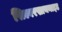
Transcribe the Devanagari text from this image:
सिल्वरसायनाइड